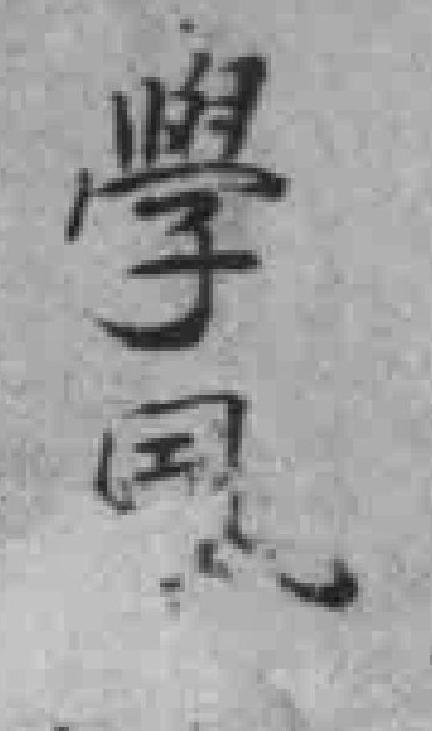
學*